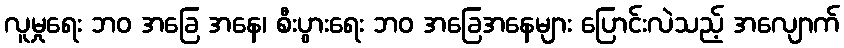
လူမှုရေး ဘဝ အခြေ အနေ၊ စီးပွားရေး ဘဝ အခြေအနေများ ပြောင်းလဲသည့် အလျောက်